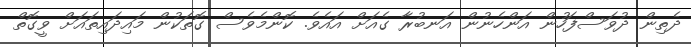
ދެތިން ދުވަސްފަހުން އަންހެނުން އަނބުރާ ގެއަށް އައެވެ. ކޮންމެވެސް ގޮތަކުން މައިދައިތައަށް ވީގޮތް